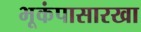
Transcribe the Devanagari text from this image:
भूकंपासारखा